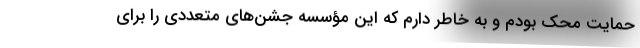
حمایت محک بودم و به خاطر دارم که این مؤسسه جشن‌های متعددی را برای